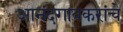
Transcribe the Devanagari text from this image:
आनंदगावकरांचे